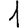
Digit: 1